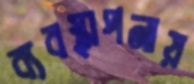
ব্যবস্থাপনায়